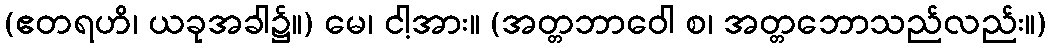
(ဧတရဟိ၊ ယခုအခါ၌။) မေ၊ ငါ့အား။ (အတ္တဘာဝေါ စ၊ အတ္တဘောသည်လည်း။)